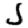
Digit: 5